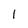
Character: 1